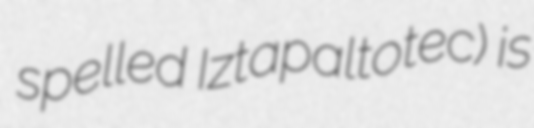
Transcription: spelled Iztapaltotec) is